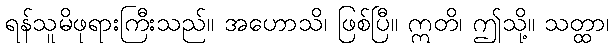
ရန်သူမိဖုရားကြီးသည်။ အဟောသိ၊ ဖြစ်ပြီ။ ဣတိ၊ ဤသို့။ သတ္ထာ၊